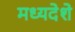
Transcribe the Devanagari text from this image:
मध्यदेशे